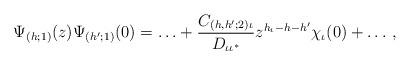
LaTeX: \begin{align*}\Psi_{(h;1)}(z)\Psi_{(h';1)}(0) = \ldots + \frac{C_{(h,h';2)\iota}}{ D_{\iota\iota^*}}z^{h_{\iota}-h-h'}\chi_{\iota}(0) + \ldots\,,\end{align*}